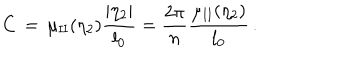
C \, = \, \mu _ { \mathrm { I I } } ( \eta _ { 2 } ) \frac { \vert \eta _ { 2 } \vert } { l _ { 0 } } = \frac { 2 \pi } { n } \frac { \mu _ { \mathrm { I I } } ( \eta _ { 2 } ) } { l _ { 0 } } \, .